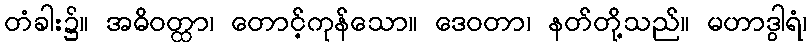
တံခါး၌။ အဓိဝတ္ထာ၊ တောင့်ကုန်သော။ ဒေဝတာ၊ နတ်တို့သည်။ မဟာဒွါရံ၊